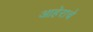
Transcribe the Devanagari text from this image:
आहेराचे